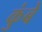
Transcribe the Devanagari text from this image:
कुंबे